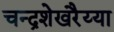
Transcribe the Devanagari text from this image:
चन्द्रशेखरैय्या